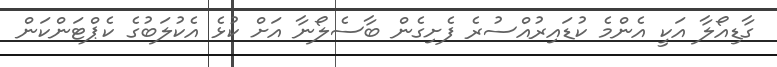
ގާޑިއޯލާ އަކީ އެންމެ ކުޑައިރުއްސުރެ ފެށިގެން ބާސެލޯނާ އަށް ކުޅެ އެކުލަބުގެ ކެޕްޓަންކަން